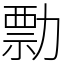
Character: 勡